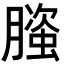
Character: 𬂐